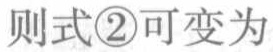
则式\textcircled{2}可变为